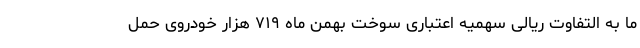
ما به التفاوت ریالی سهمیه اعتباری سوخت بهمن ماه ۷۱۹ هزار خودروی حمل